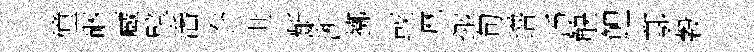
僮硱蔵擘潘奔世齗淅擲或厯抛旬谱凈觖鯉鄠穀